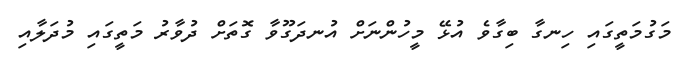
މަގުމަތީގައި ހިނގާ ބިގާވެ އުޅޭ މީހުންނަށް އުނދަގޫވާ ގޮތަށް ދުވާރު މަތީގައި މުދަލާއި